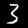
Label: 3